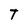
Character: t